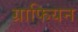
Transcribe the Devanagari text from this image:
ग्राफियन